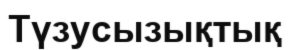
Түзусызықтық